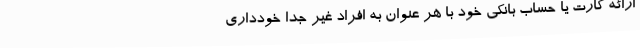
ارائه کارت یا حساب بانکی خود با هر عنوان به افراد غیر جداً خودداری